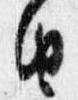
由